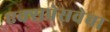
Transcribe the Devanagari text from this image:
एक्सप्रेसवेचा